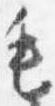
毛